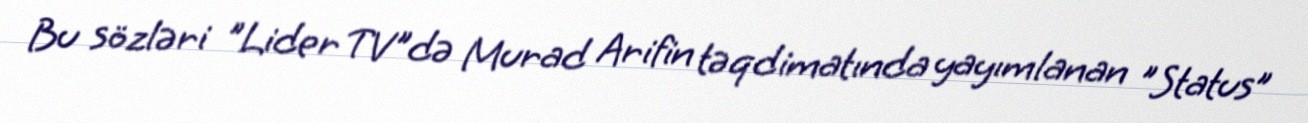
Bu sözləri "Lider TV"də Murad Arifin təqdimatında yayımlanan "Status”